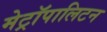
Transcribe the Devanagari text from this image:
मेट्रॉपालिटन